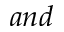
a n d